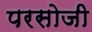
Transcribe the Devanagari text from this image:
परसोजी